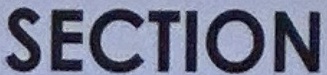
SECTION